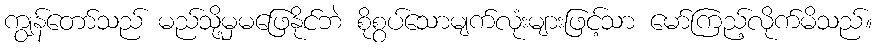
ကျွန်တော်သည် မည်သို့မှမဖြေနိုင်ဘဲ စိုစွပ်သောမျက်လုံးများဖြင့်သာ မော်ကြည့်လိုက်မိသည်။